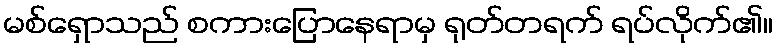
မစ်ရှောသည် စကားပြောနေရာမှ ရုတ်တရက် ရပ်လိုက်၏။